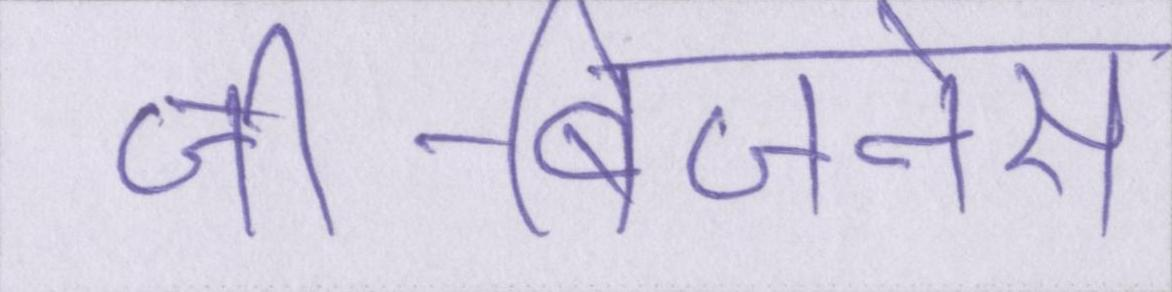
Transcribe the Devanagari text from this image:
जी-बिजनेस